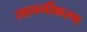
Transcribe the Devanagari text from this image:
सहवर्गीकरण